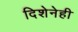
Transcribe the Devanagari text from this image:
दिशेनेही